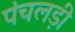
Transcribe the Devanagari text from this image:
पंचलड़ी